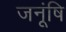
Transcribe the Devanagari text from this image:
जनूंषि